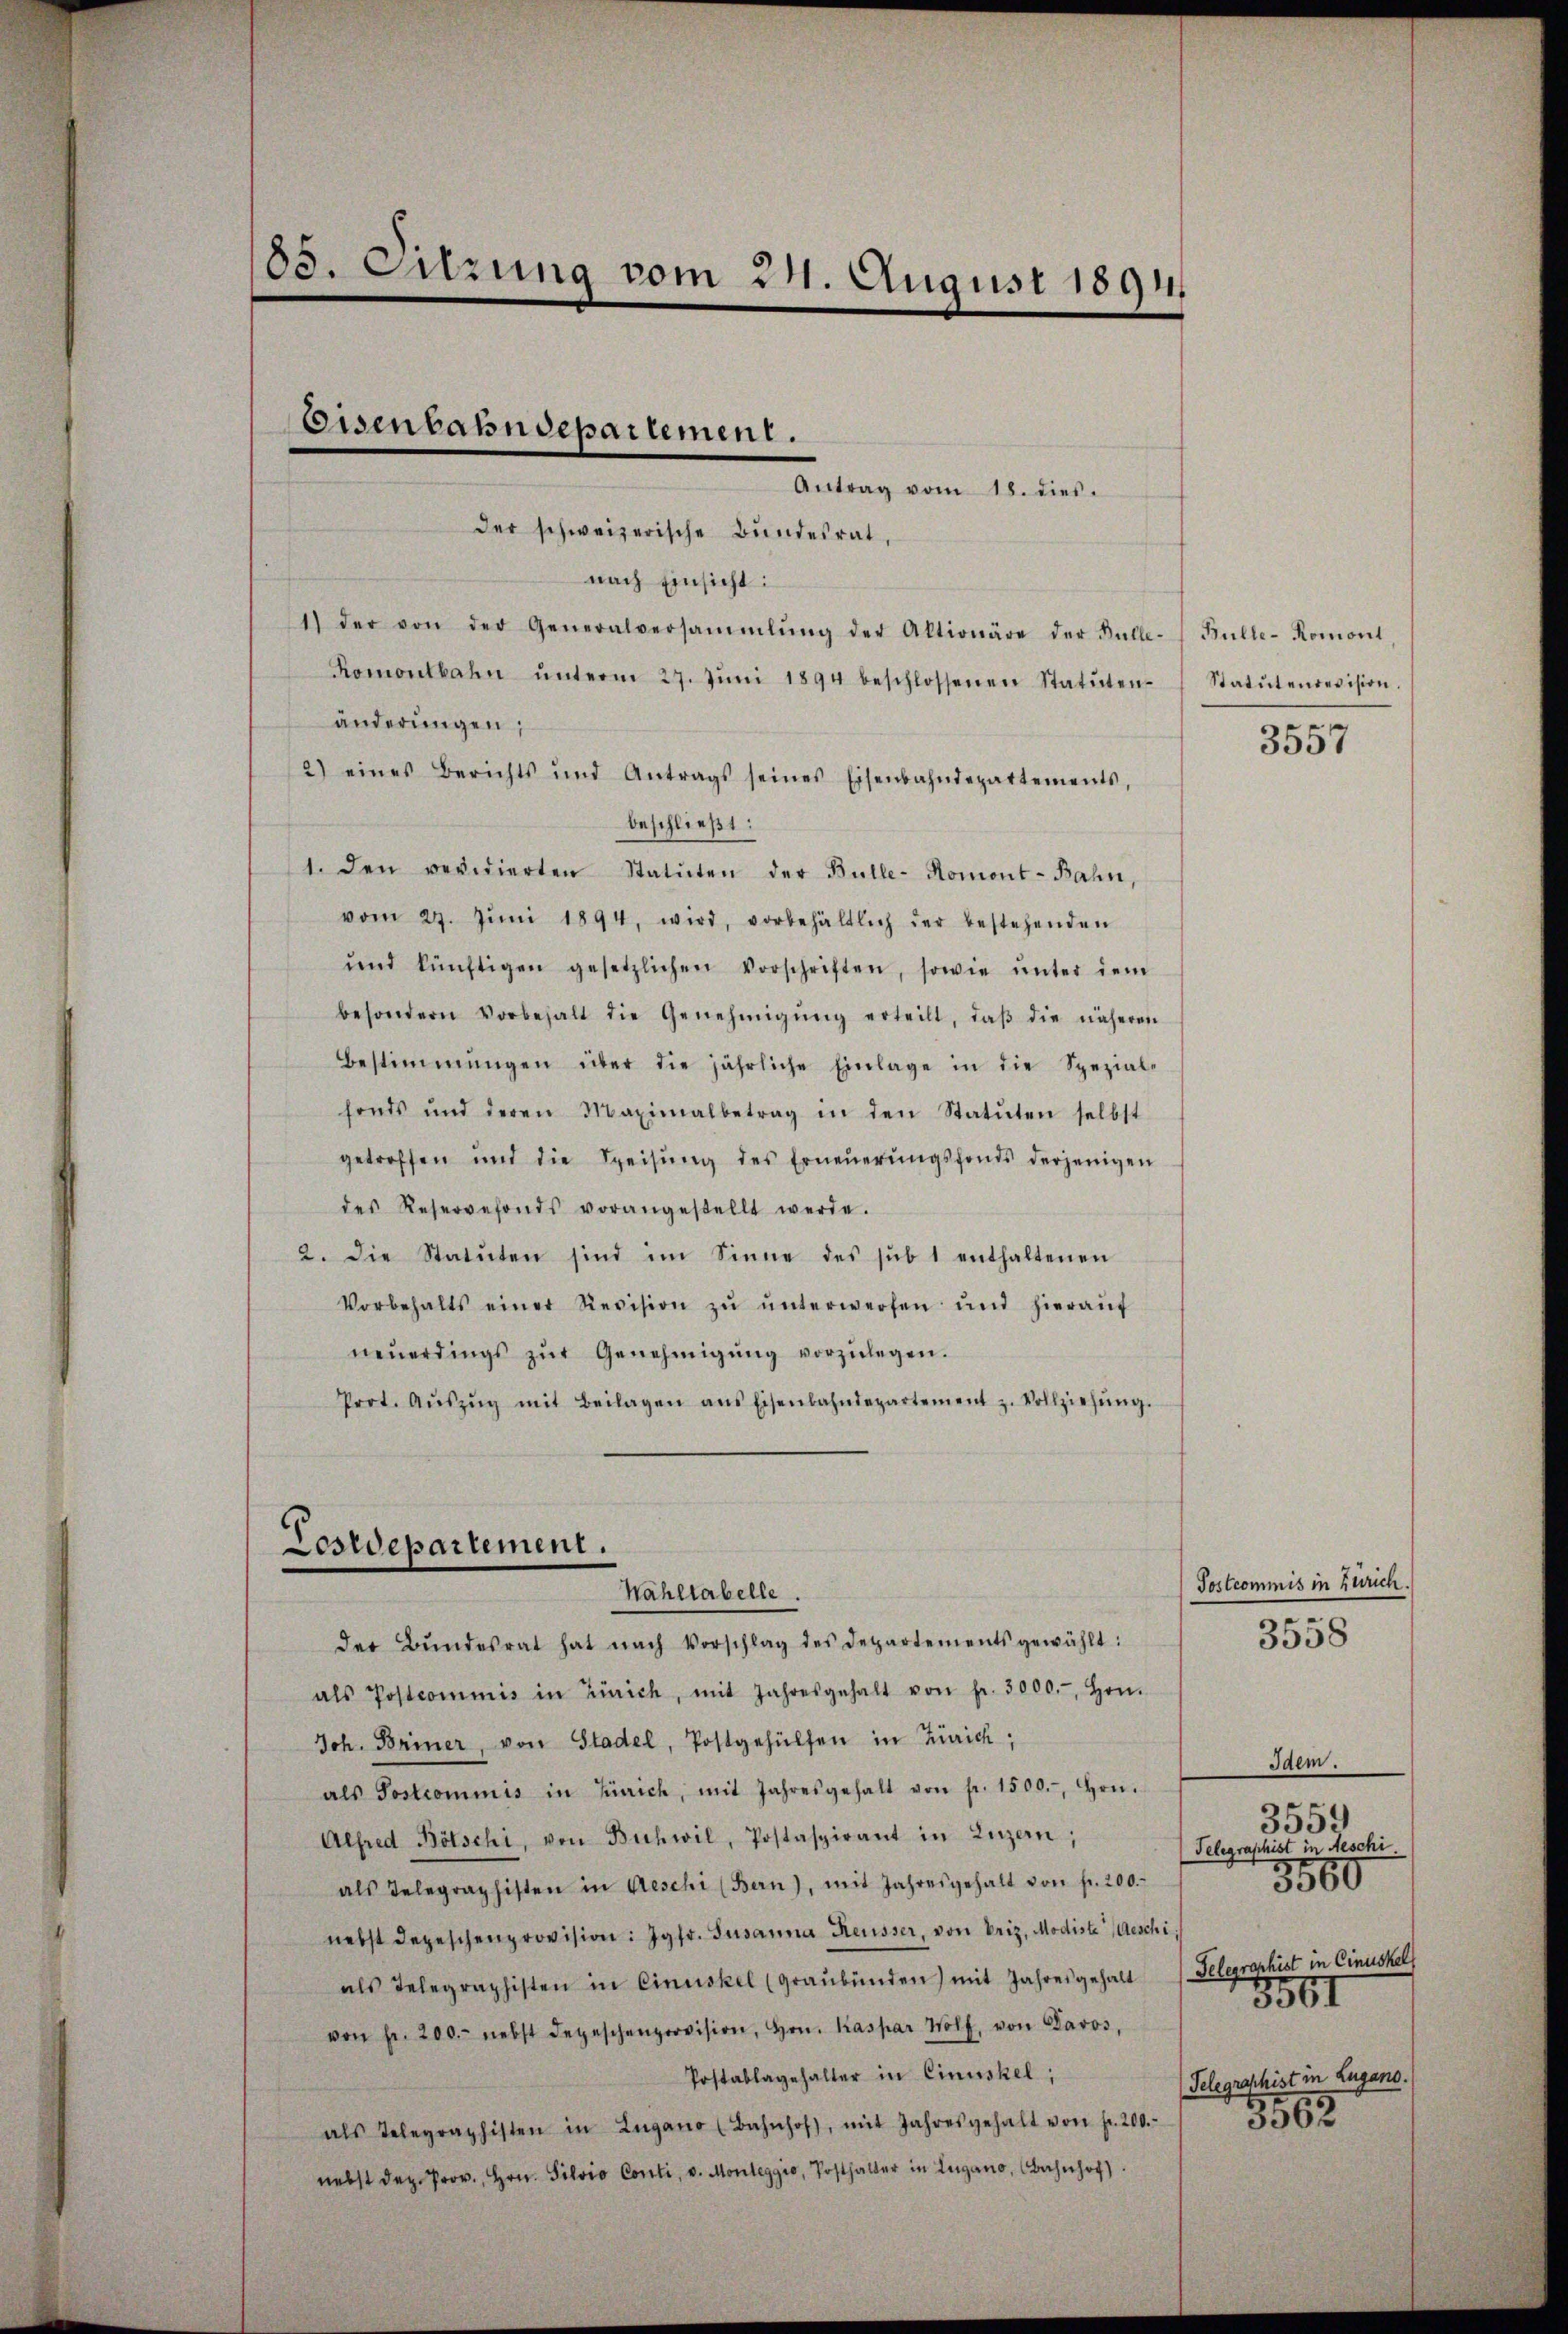
183. Sitzung vom 24. August 1891.

Eisenbahndepartement.

der schweizerische Bundesrat,
nach Einsicht:
1) der von der Generalversammlung der Aktionäre der Bulle- Bulle-Komont,
Romontbahn ŭnterm 27. Jŭni 1894 beschlossenen Statuten-Statutenrevision.
änderungen;
2) eines Berichts und Antrags seines Eisenbahndepartements,
beschließt:
1. den revidierten Statuten der Bulle- Romont-Bahn,
vom 29. Jŭni 1894, wird, vorbehältlich der bestehenden
und künftigen gesetzlichen Vorschriften, sowie ŭnter dem
besondern Vorbehalt die Genehmigŭng erteilt, daβ die näheren
Bestimmungen über die jährliche Einlage in die Spezial-
fonds und deren Maximalbetrag in den Statuten selbst
getroffen und die Speisŭng des Erneŭerŭngsfonds derjenigen
des Reservefonds vorangestellt werde.
2. die Statuten sind im Sinne des sub 1 enthaltenen
Vorbehalts einer Revision zŭ ŭnterwerfen und hieraŭf
neŭerdings zŭr Genehmigŭng vorzŭlegen.
Prot. Aŭszŭg mit Beilagen ans Eisenbahndepartement z. Vollziehŭng.

Antrag vom 18. dies.

Lestdepartement.
Nahltabelle.

der Bŭndesrat hat nach Vorschlag des Departements gewählt:
als Postcommis in Zürich, mit Jahresgehalt von fr. 3000.-, Hrn.
Jch. Briner, von Stadel, Postgehülfen in Zürich,
als Sostcommis in Zürich, mit Jahresgehalt von fr. 1500.-, Hrn.
Alfred Bötschi, von Bichwil, Postaspirant in Luzern;
als Telegraphisten in Geschi (Bern), mit Jahresgehalt von fr. 200.
nebst depeschenprovision: Jgfr. Susanna Reusser, von Priz. Modiste Geschi,
als Telegraphisten in Cinuskel (Graubünden) mit Jahresgehalt
von fr. 200. nebst depeschenprovision, Hrn. Kaspar Wolf, von Lavos,
Postablagehalter in Cinuskel;
als Telegraphisten in Lugano (Bahnhof, mit Jahresgehalt von fr. 200.
nebst dez. Prov., Hrn. Silvio Conti, v. Monteggio, Posthalter in Lugano, Bahnhof.

3557

Postcommis in Zürich.
3558

Jaem.
3559
Telegraphist Aeschi
Gelegraphist in Cinuskel
8561
Telegraphist in Lugano.

3500

8563